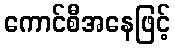
ကောင်စီအနေဖြင့်